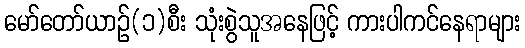
မော်တော်ယာဉ်(၁)စီး သုံးစွဲသူအနေဖြင့် ကားပါကင်နေရာများ